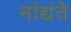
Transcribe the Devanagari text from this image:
नांद्यंते